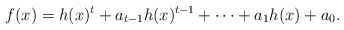
\begin{align*}f(x)= h(x)^t+a_{t-1} h(x)^{t-1}+ \cdots +a_1h(x)+a_0.\end{align*}